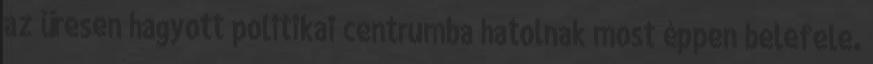
az üresen hagyott politikai centrumba hatolnak most éppen belefele.